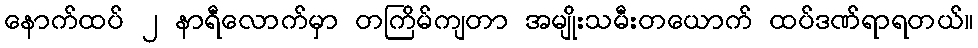
နောက်ထပ် ၂ နာရီလောက်မှာ တကြိမ်ကျတာ အမျိုးသမီးတယောက် ထပ်ဒဏ်ရာရတယ်။